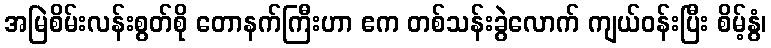
အမြဲစိမ်းလန်းစွတ်စို တောနက်ကြီးဟာ ဧက တစ်သန်းခွဲလောက် ကျယ်ဝန်းပြီး စိမ့်နွံ၊